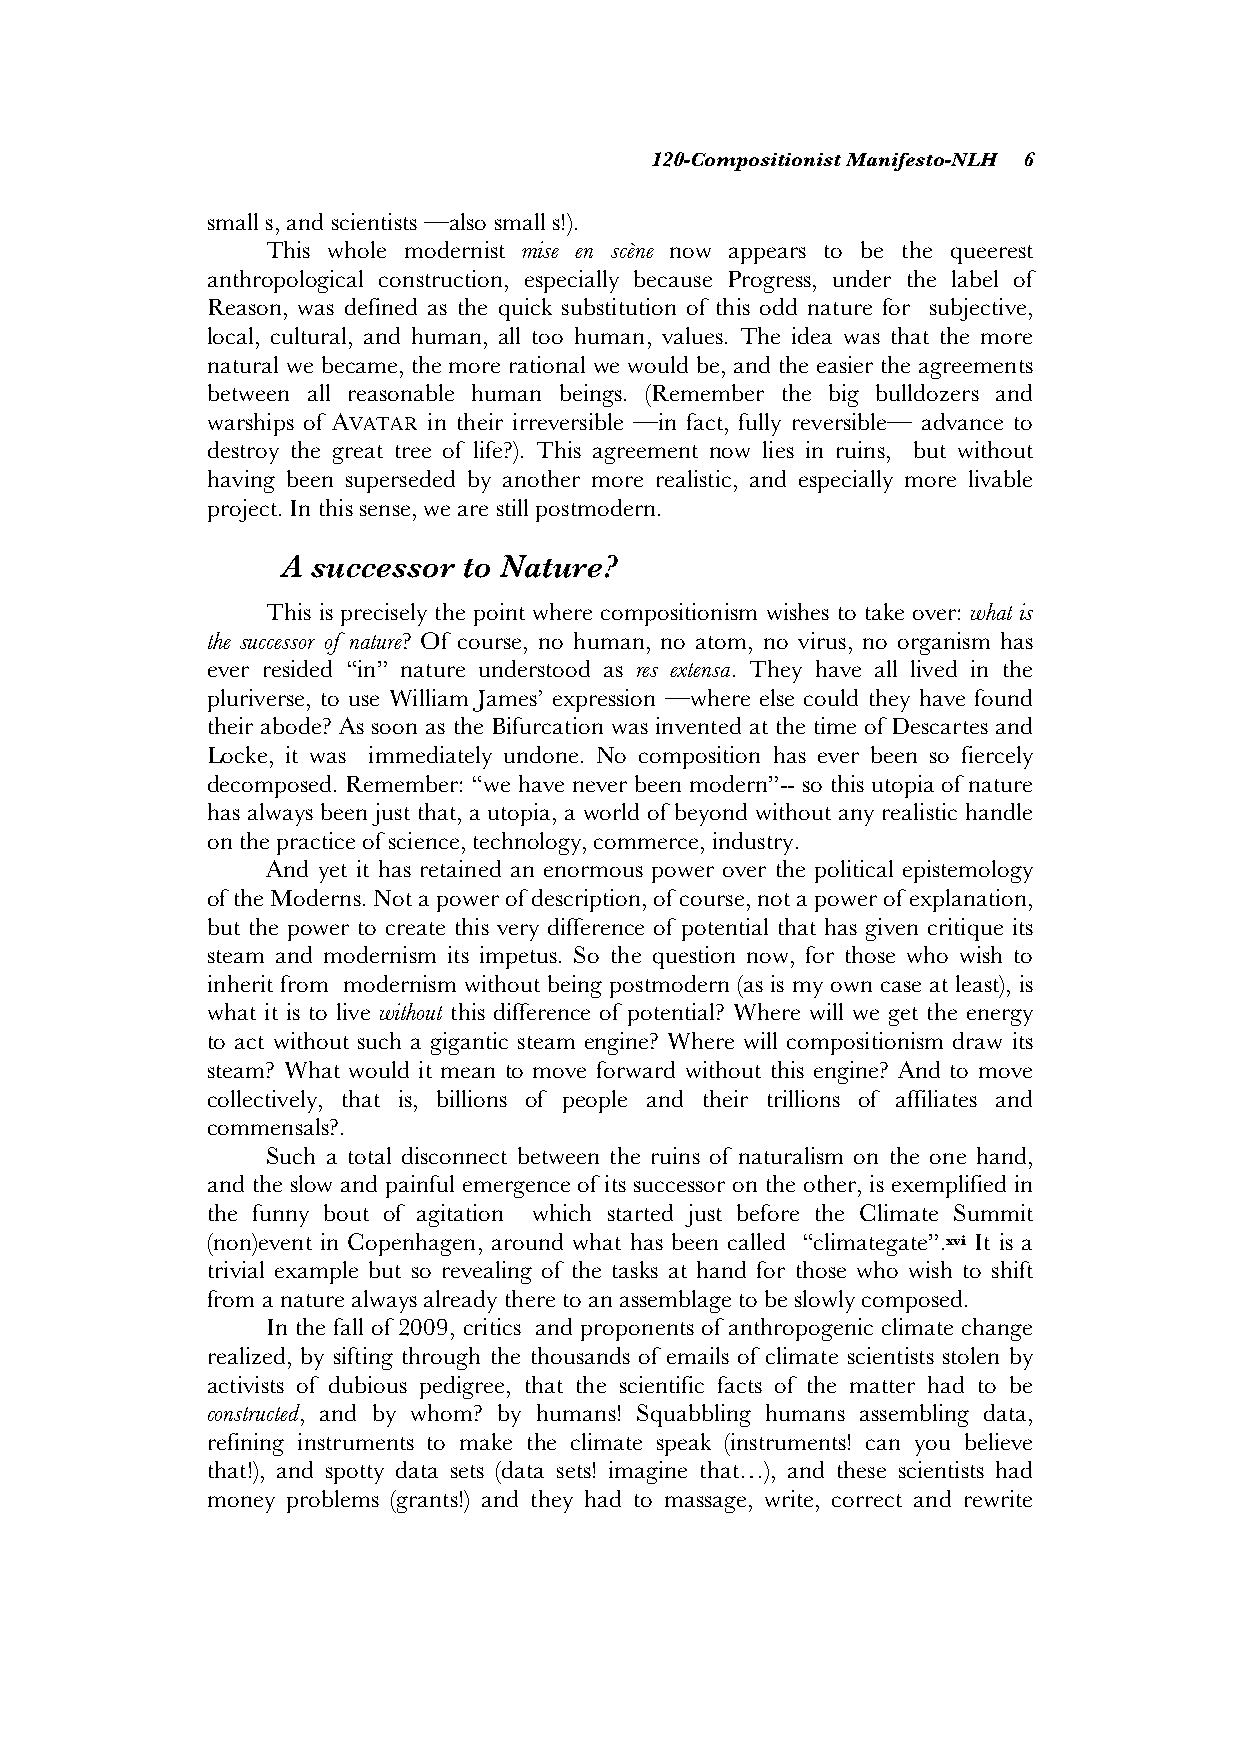
120-Compositionist Manifesto-NLH 6
 small s, and scientists —also small s!).
 This whole modernist mise en scène now appears to be the queerest
 anthropological construction, especially because Progress, under the label of
 Reason, was defined as the quick substitution of this odd nature for subjective,
 local, cultural, and human, all too human, values. The idea was that the more
 natural we became, the more rational we would be, and the easier the agreements
 between all reasonable human beings. (Remember the big bulldozers and
 warships of AVATAR in their irreversible —in fact, fully reversible— advance to
 destroy the great tree of life?). This agreement now lies in ruins, but without
 having been superseded by another more realistic, and especially more livable
 project. In this sense, we are still postmodern.
 A successor to Nature?
 This is precisely the point where compositionism wishes to take over: what is
 the successor of nature? Of course, no human, no atom, no virus, no organism has
 ever resided “in” nature understood as res extensa. They have all lived in the
 pluriverse, to use William James’ expression —where else could they have found
 their abode? As soon as the Bifurcation was invented at the time of Descartes and
 Locke, it was immediately undone. No composition has ever been so fiercely
 decomposed. Remember: “we have never been modern”-- so this utopia of nature
 has always been just that, a utopia, a world of beyond without any realistic handle
 on the practice of science, technology, commerce, industry.
 And yet it has retained an enormous power over the political epistemology
 of the Moderns. Not a power of description, of course, not a power of explanation,
 but the power to create this very difference of potential that has given critique its
 steam and modernism its impetus. So the question now, for those who wish to
 inherit from modernism without being postmodern (as is my own case at least), is
 what it is to live without this difference of potential? Where will we get the energy
 to act without such a gigantic steam engine? Where will compositionism draw its
 steam? What would it mean to move forward without this engine? And to move
 collectively, that is, billions of people and their trillions of affiliates and
 commensals?.
 Such a total disconnect between the ruins of naturalism on the one hand,
 and the slow and painful emergence of its successor on the other, is exemplified in
 the funny bout of agitation which started just before the Climate Summit
 (non)event in Copenhagen, around what has been called “climategate”.xvi It is a
 trivial example but so revealing of the tasks at hand for those who wish to shift
 from a nature always already there to an assemblage to be slowly composed.
 In the fall of 2009, critics and proponents of anthropogenic climate change
 realized, by sifting through the thousands of emails of climate scientists stolen by
 activists of dubious pedigree, that the scientific facts of the matter had to be
 constructed, and by whom? by humans! Squabbling humans assembling data,
 refining instruments to make the climate speak (instruments! can you believe
 that!), and spotty data sets (data sets! imagine that…), and these scientists had
 money problems (grants!) and they had to massage, write, correct and rewrite